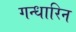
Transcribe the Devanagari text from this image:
गन्धारिन